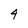
Character: 4